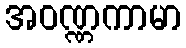
အဝဏ္ဏကာမာ